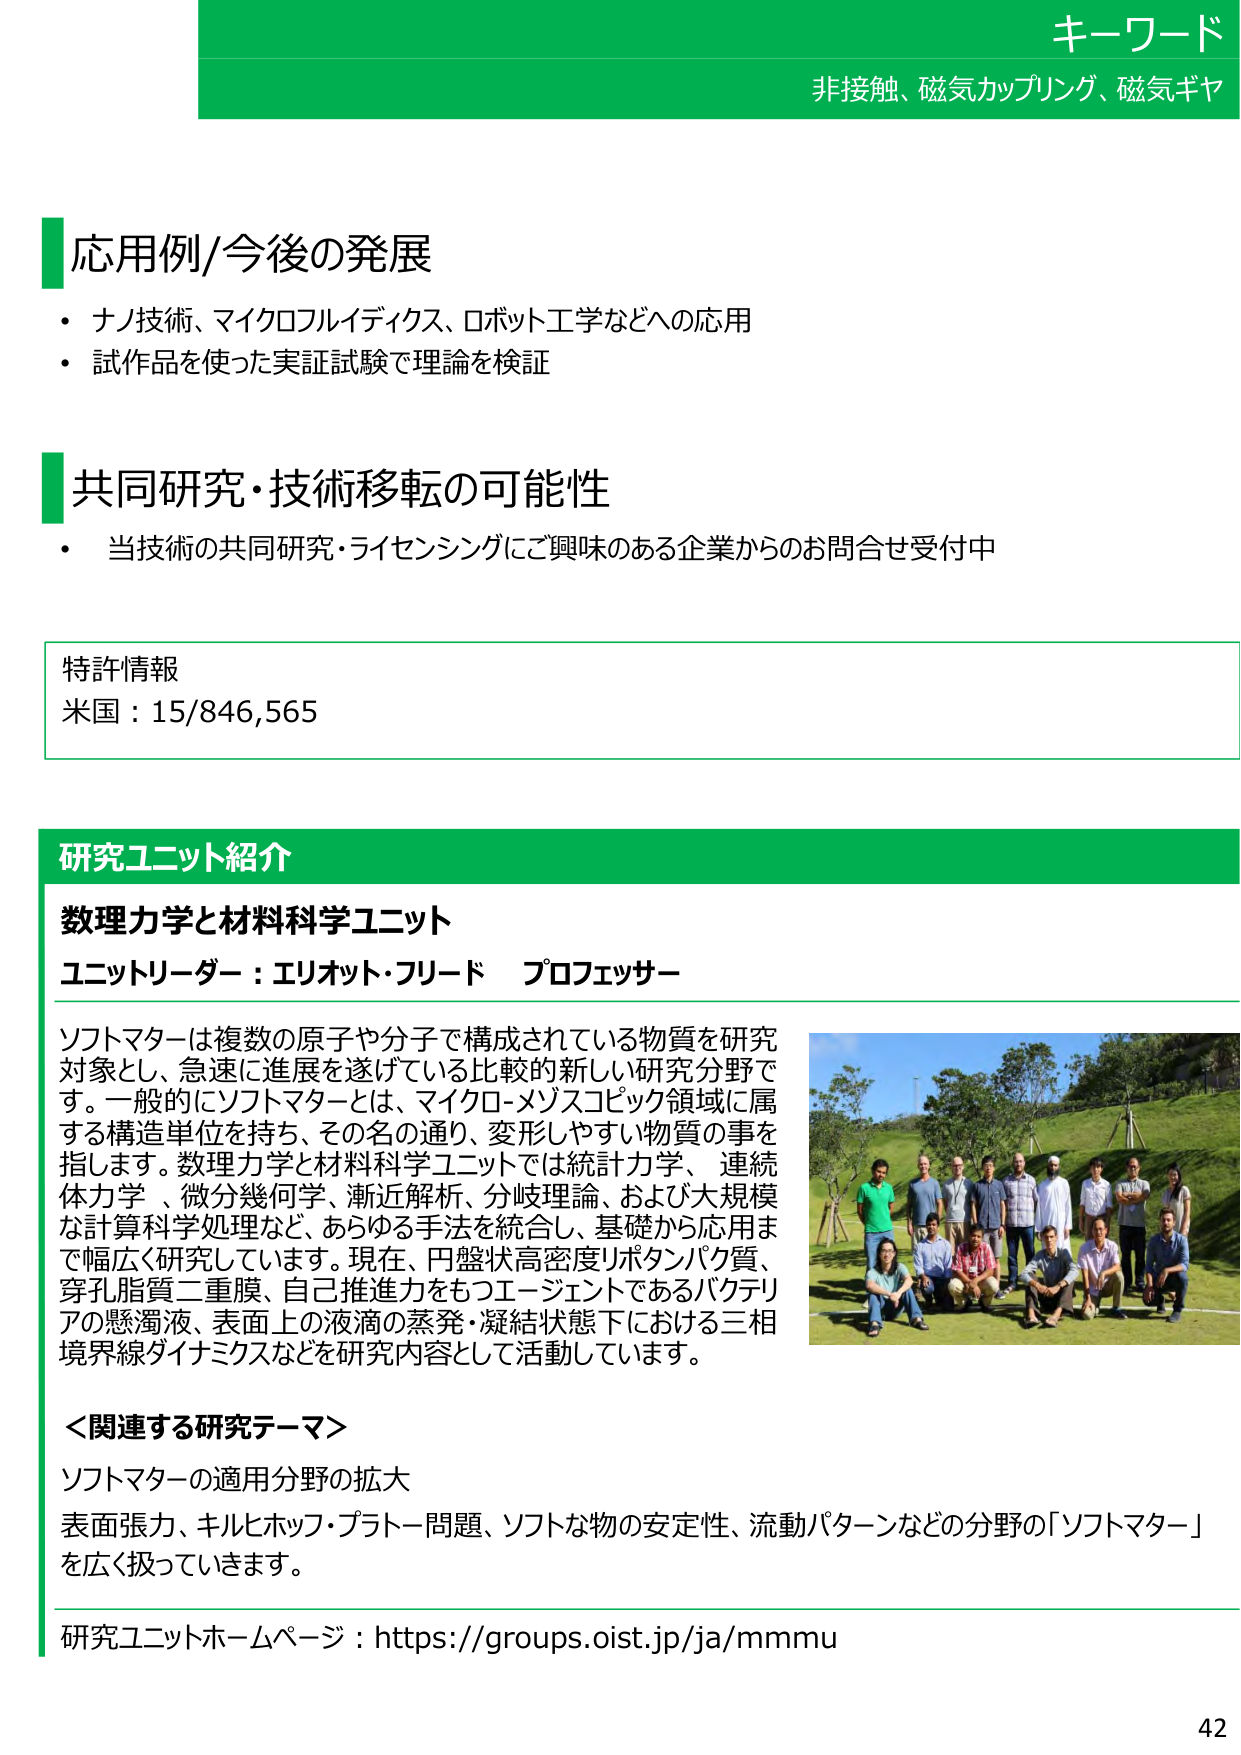
キーワード
非接触、磁気カップリング、磁気ギャ

応用例/今後の発展
・ナノ技術、マイクロフルイディクス、ロボット工学などへの応用
・試作品を使った実証試験で理論を検証

共同研究・技術移転の可能性
・当技術の共同研究・ライセンシングにご興味のある企業からのお問合せ受付中

特許情報
米国：15/846,565

研究ユニット紹介
数理力学と材料科学ユニット
ユニットリーダー：エリオット・フリード プロフェッサー

ソフトマターは複数の原子や分子で構成されている物質を研究対象とし、急速に進展を遂げている比較的新しい研究分野です。一般的にソフトマターとは、マイクロ-メゾスコピック領域に属する構造単位を持ち、その名の通り、変形しやすい物質の事を指します。数理力学と材料科学ユニットでは統計力学、連続体力学、微分幾何学、漸近解析、分岐理論、および大規模な計算科学処理など、あらゆる手法を統合し、基礎から応用まで幅広く研究しています。現在、円盤状高密度リボタンパク質、穿孔脂質二重膜、自己推進力をもつエージェントであるバクテリアの懸濁液、表面上の液滴の蒸発・凝結状態下における三相境界線ダイナミクスなどを研究内容として活動しています。

＜関連する研究テーマ＞
ソフトマターの適用分野の拡大
表面張力、キルヒホッフ・プラトー問題、ソフトな物の安定性、流動パターンなどの分野の「ソフトマター」を広く扱っていきます。

研究ユニットホームページ：https://groups.oist.jp/ja/mmmu

42